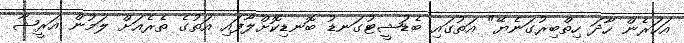
އަހަރެން ހާދަ ހިތްބިރުގަނެޔޭ" އަތުގައި ބެޑުޝީޓުގަނޑު ބޮނޑިކޮށްލާފައި އަތުގެ ތެރެއަށް ލަމުން އަރީޝާ